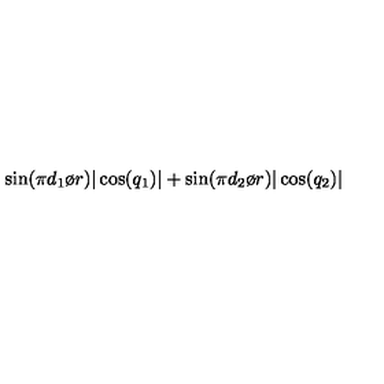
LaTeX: \sin ( { { \pi d _ { 1 } } \o { r } } ) | \cos ( q _ { 1 } ) | + \sin ( { { \pi d _ { 2 } } \o { r } } ) | \cos ( q _ { 2 } ) |